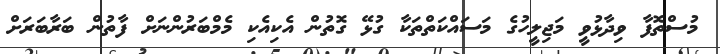
މުސްތޮފާ ވިދާޅުވީ މަޖިލީހުގެ މަސައްކަތްތަކާ ގުޅޭ ގޮތުން އެކިއެކި މެމްބަރުންނަށް ފާތުން ބަރާބަރަށް